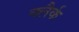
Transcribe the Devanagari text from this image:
क्लैर्क